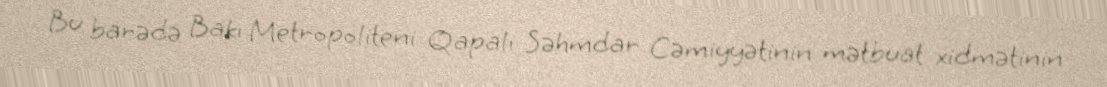
Bu barədə Bakı Metropoliteni Qapalı Səhmdar Cəmiyyətinin mətbuat xidmətinin